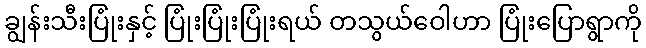
ချွန်းသီးပြုံးနှင့် ပြုံးပြုံးပြုံးရယ် တသွယ်ဝေါဟာ ပြုံးပြောရွာကို